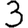
Digit: 3